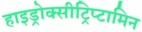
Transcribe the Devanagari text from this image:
हाइड्रोक्सीट्रिप्टामिन